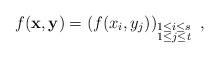
LaTeX: \begin{align*}f(\mathbf{x},\mathbf{y})=(f(x_i,y_j))_{\substack{ 1\le i\le s\\1\le j\le t}}\,\,\,,\end{align*}